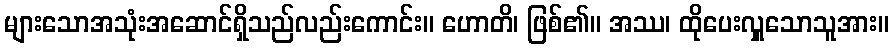
များသောအသုံးအဆောင်ရှိသည်လည်းကောင်း။ ဟောတိ၊ ဖြစ်၏။ အဿ၊ ထိုပေးလှူသောသူအား။